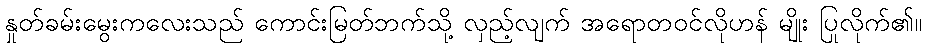
နှုတ်ခမ်းမွေးကလေးသည် ကောင်းမြတ်ဘက်သို့ လှည့်လျက် အရောတဝင်လိုဟန် မျိုး ပြုလိုက်၏။